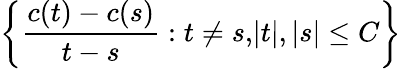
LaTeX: \left\{ {\frac{c(t)-c(s)}{t-s}}:t\neq s{,}|t|,|s|\leq C\right\}